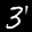
Label: 3